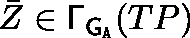
\bar { Z } \in \mathsf { \Gamma } _ { { \mathsf { G } } _ { \mathtt { A } } } ( T P )